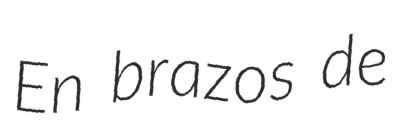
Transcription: En brazos de